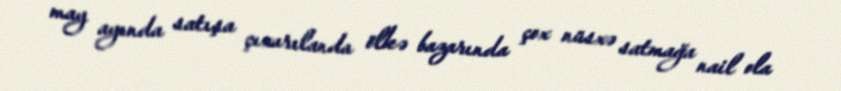
may ayında satışa çıxarılanda ölkə bazarında çox nüsxə satmağa nail ola